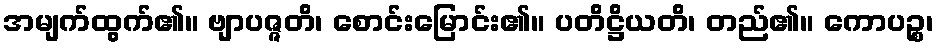
အမျက်ထွက်၏။ ဗျာပဇ္ဇတိ၊ စောင်းမြောင်း၏။ ပတိဋ္ဌိယတိ၊ တည်၏။ ကောပဉ္စ၊